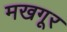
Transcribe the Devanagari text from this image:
मखगूर